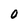
Character: 0